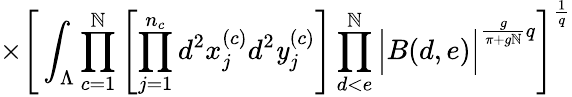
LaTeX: \times\Bigg[\int_{\Lambda}\prod_{c=1}^{\mathbb{N}}\left[\prod_{j=1}^{n_{c}}d^{2}x_{j}^{(c)}d^{2}\mathit{y}_{j}^{(c)}\right]\prod_{d<e}^{\mathbb{N}}\Big|B(d,e)\Big|^{\frac{{g}}{{\pi+g\mathbb{N}}}q}\Bigg]^{\frac{{1}}{{q}}}